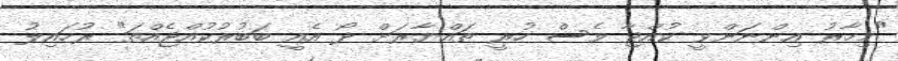
"މިހާރު އިންނަންވީ ކުއްޖާ ވެސް ހުރީ ތައްޔާރަށް ދޯ އެއީ ބަބުރުކުއްޖެއްތަ" ރުހައިލު